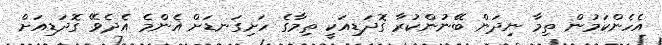
އެހެންކަމުން ތިމާ ނިދަން ބޭނުންކުރާ ގޮދަޑިއަކީ ތިމާގެ ހަށިގަނޑަށް އެންމެ އެދެވޭ ގޮދަޑިއަށް